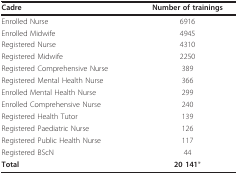
| Cadre | Number of trainings |
 | --- | --- |
 | Enrolled Nurse | 6916 |
 | Enrolled Midwife | 4945 |
 | Registered Nurse | 4310 |
 | Registered Midwife | 2250 |
 | Registered Comprehensive Nurse | 389 |
 | Registered Mental Health Nurse | 366 |
 | Enrolled Mental Health Nurse | 299 |
 | Enrolled Comprehensive Nurse | 240 |
 | Registered Health Tutor | 139 |
 | Registered Paediatric Nurse | 126 |
 | Registered Public Health Nurse | 117 |
 | Registered BScN | 44 |
 | Total | 20 141* |